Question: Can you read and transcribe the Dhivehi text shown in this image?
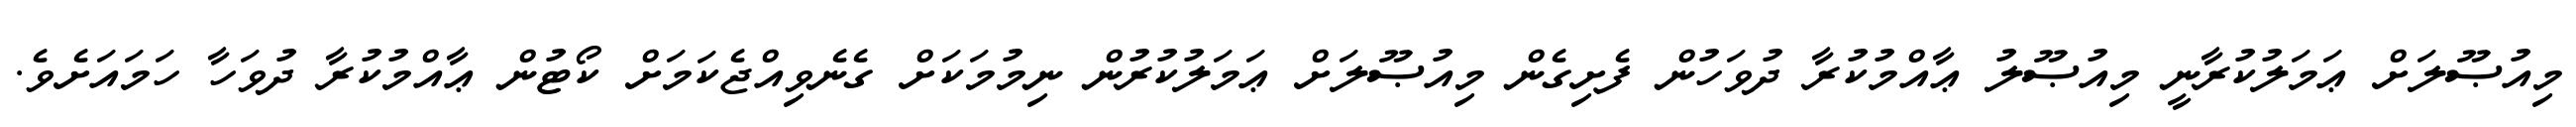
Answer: މިއުޞޫލަށް ޢަމަލުކުރާނީ މިއުޞޫލު ޢާއްމުކުރާ ދުވަހުން ފެށިގެން މިއުޞޫލަށް ޢަމަލުކުރުން ނިމުމަކަށް ގެނެވިއްޖެކަމަށް ކޯޓުން ޢާއްމުކުރާ ދުވަހާ ހަމައަށެވެ.